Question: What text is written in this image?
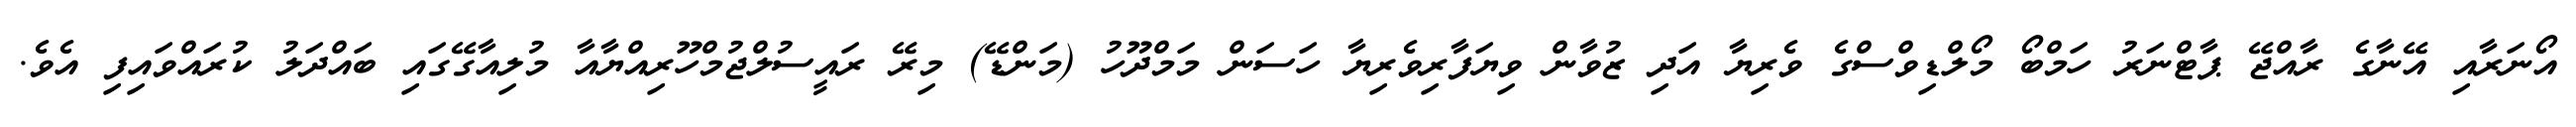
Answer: އޯނަރާއި އޭނާގެ ރާއްޖޭ ޕާޓްނަރު ހަމްބޯ މޯލްޑިވްސްގެ ވެރިޔާ އަދި ޒުވާން ވިޔަފާރިވެރިޔާ ހަސަން މަމްދޫހު (މަންޑޭ) މިރޭ ރައީސުލްޖުމްހޫރިއްޔާއާ މުލިއާގޭގައި ބައްދަލު ކުރައްވައިފި އެވެ.